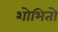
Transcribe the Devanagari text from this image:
शोभितो